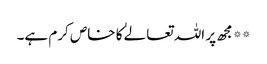
**مجھ پر اللہ تعالےٰ کا خاص کرم ہے۔